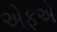
એફએ